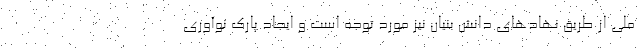
ملی از طریق نهادهای دانش بنیان نیز مورد توجه است و ایجاد پارک نوآوری